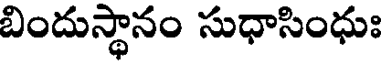
బిందుస్థానం సుధాసింధుః